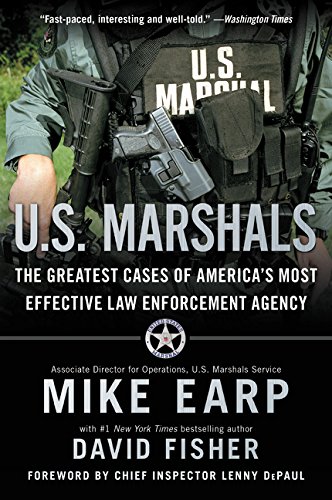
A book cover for U.S. Marshals: The Greatest Cases of America's Most Effective Law Enforcement Agency; Mike Earp; Biographies & Memoirs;